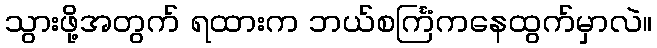
သွားဖို့အတွက် ရထားက ဘယ်စင်္ကြံကနေထွက်မှာလဲ။